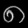
Digit: ၈